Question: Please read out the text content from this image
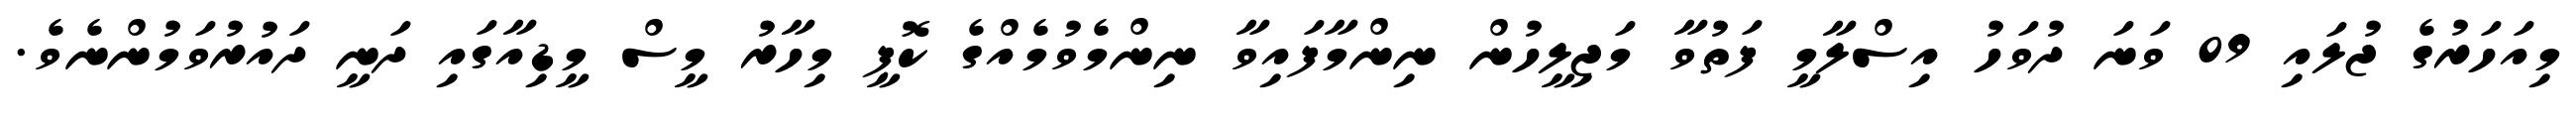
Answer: މިއަހަރުގެ ޖުލައި 09 ވަނަ ދުވަހު އިސްލާމީ ފަތުވާ މަޖިލީހުން ނިންމާފައިވާ ނިންމެވުމެއްގެ ކޮޕީ މިހާރު މީސް މީޑިއާގައި ދަނީ ދައުރުވަމުންނެވެ.